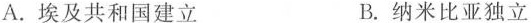
A.埃及共和国建立 B.纳米比亚独立